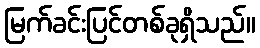
မြက်ခင်းပြင်တစ်ခုရှိသည်။